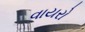
વાયરો